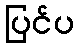
ပြင်ပ